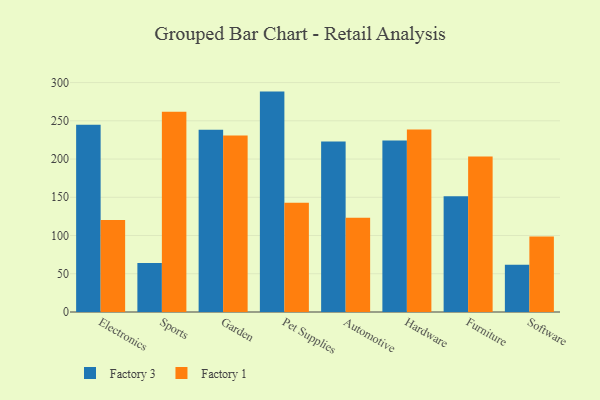
{"axis": {"x": "Category", "y": "Gross Profit (USD K)"}, "legend": ["Factory 1", "Factory 3"], "data": [{"x": "Electronics", "y": 245.0, "type": "Factory 3"}, {"x": "Electronics", "y": 120.2, "type": "Factory 1"}, {"x": "Sports", "y": 64.0, "type": "Factory 3"}, {"x": "Sports", "y": 261.8, "type": "Factory 1"}, {"x": "Garden", "y": 238.4, "type": "Factory 3"}, {"x": "Garden", "y": 230.9, "type": "Factory 1"}, {"x": "Pet Supplies", "y": 288.2, "type": "Factory 3"}, {"x": "Pet Supplies", "y": 142.9, "type": "Factory 1"}, {"x": "Automotive", "y": 223.1, "type": "Factory 3"}, {"x": "Automotive", "y": 123.1, "type": "Factory 1"}, {"x": "Hardware", "y": 224.2, "type": "Factory 3"}, {"x": "Hardware", "y": 238.5, "type": "Factory 1"}, {"x": "Furniture", "y": 151.2, "type": "Factory 3"}, {"x": "Furniture", "y": 203.4, "type": "Factory 1"}, {"x": "Software", "y": 61.8, "type": "Factory 3"}, {"x": "Software", "y": 98.6, "type": "Factory 1"}]}